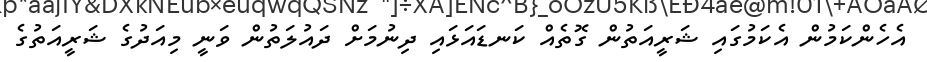
އެހެންކަމުން އެކަމުގައި ޝަރީއަތުން ގޮތެއް ކަނޑައަޅައި ދިނުމަށް ދައުލަތުން ވަނީ މިއަދުގެ ޝަރީއަތުގެ